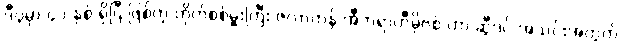
ဒီပွဲမှာ ၄၁ နှစ် ရှိပြီ ဖြစ်တဲ့ တိုက်စစ်မှူးကြီး ဇလာတန် အီဘရာဟီမိုဗစ် ဟာ ဆွီဒင် အသင်းအတွက်